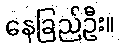
နေခြည်ဦး။